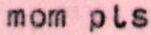
mom pls